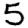
Digit: 5